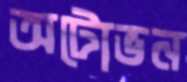
অটোভন